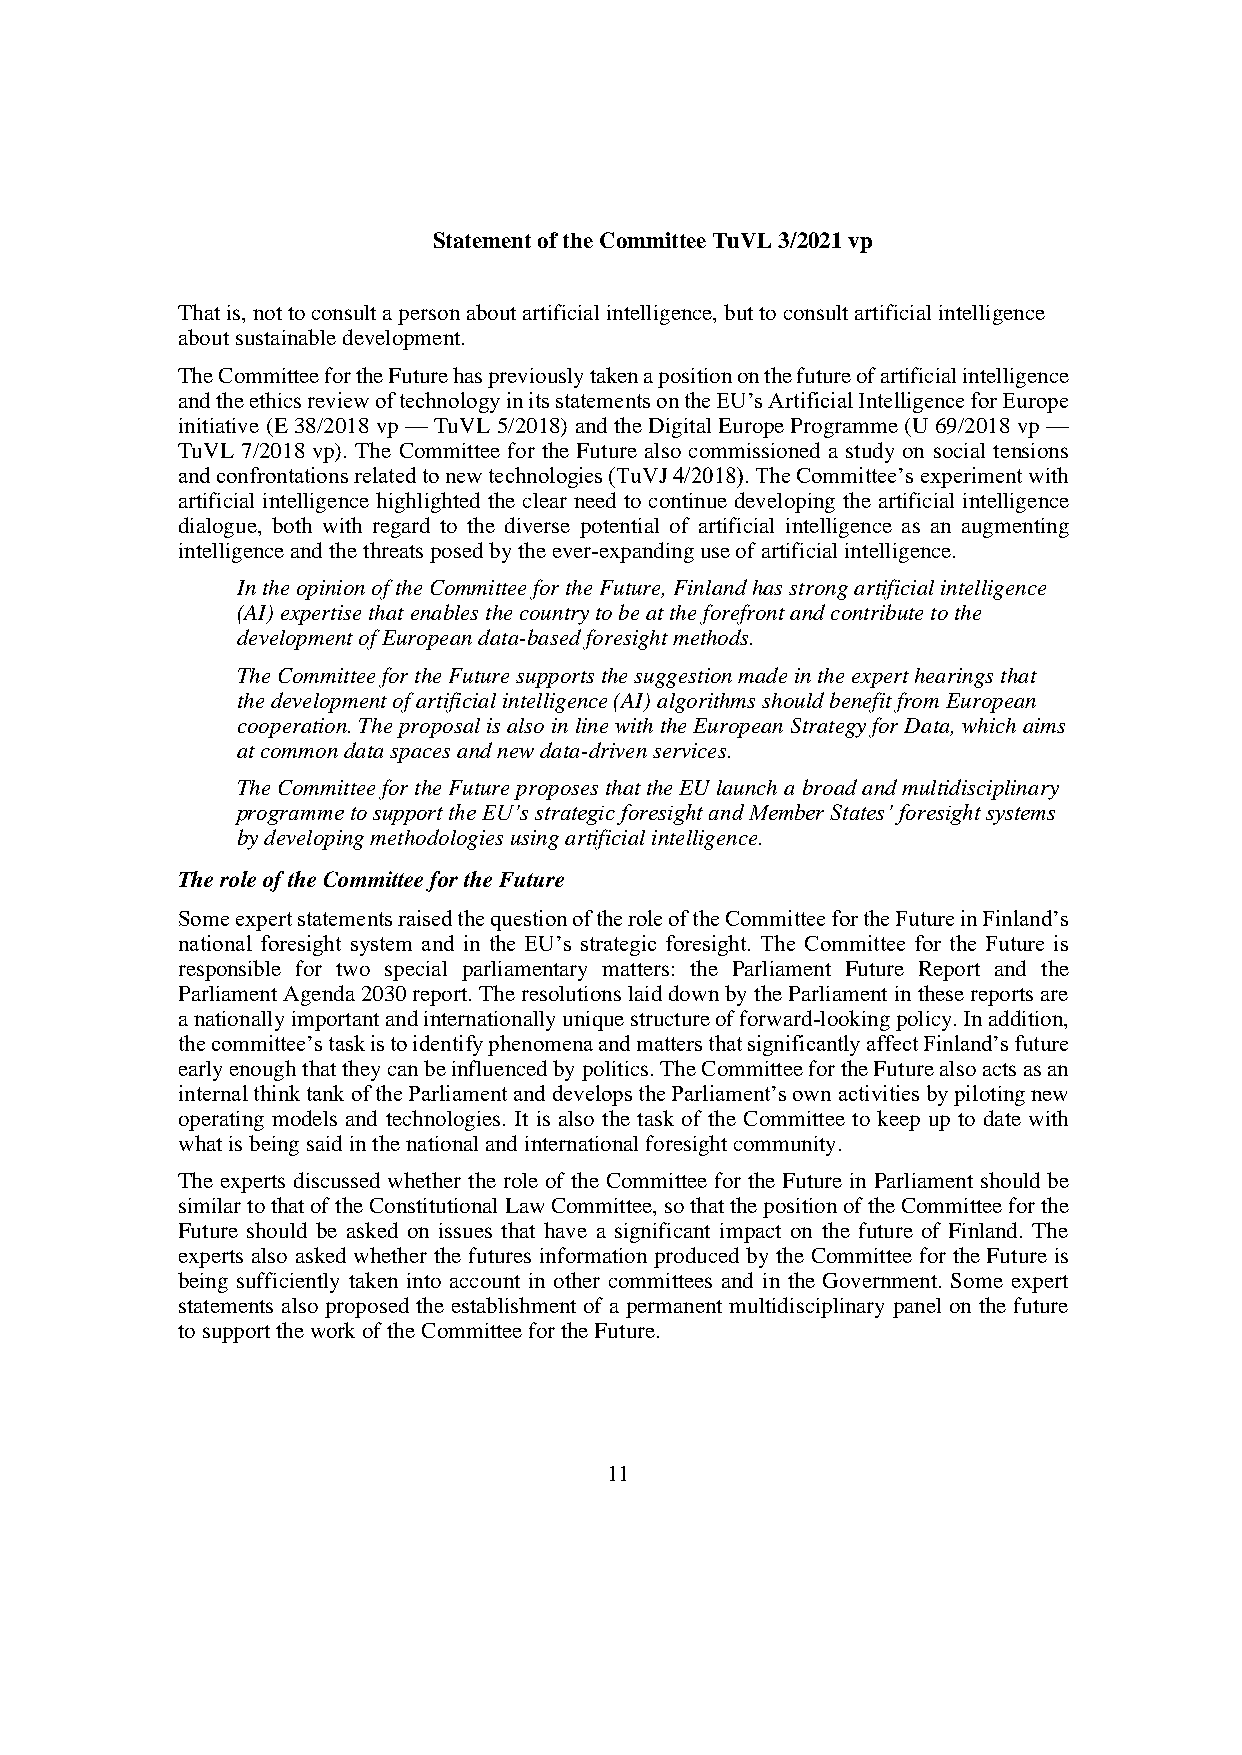
Statement of the Committee TuVL 3/2021 vp
 That is, not to consult a person about artificial intelligence, but to consult artificial intelligence
 about sustainable development.
 The Committee for the Future has previously taken a position on the future of artificial intelligence
 and the ethics review of technology in its statements on the EU’s Artificial Intelligence for Europe
 initiative (E 38/2018 vp — TuVL 5/2018) and the Digital Europe Programme (U 69/2018 vp —
 TuVL 7/2018 vp). The Committee for the Future also commissioned a study on social tensions
 and confrontations related to new technologies (TuVJ 4/2018). The Committee’s experiment with
 artificial intelligence highlighted the clear need to continue developing the artificial intelligence
 dialogue, both with regard to the diverse potential of artificial intelligence as an augmenting
 intelligence and the threats posed by the ever-expanding use of artificial intelligence.
 In the opinion of the Committee for the Future, Finland has strong artificial intelligence
 (AI) expertise that enables the country to be at the forefront and contribute to the
 development of European data-based foresight methods.
 The Committee for the Future supports the suggestion made in the expert hearings that
 the development of artificial intelligence (AI) algorithms should benefit from European
 cooperation. The proposal is also in line with the European Strategy for Data, which aims
 at common data spaces and new data-driven services.
 The Committee for the Future proposes that the EU launch a broad and multidisciplinary
 programme to support the EU’s strategic foresight and Member States’ foresight systems
 by developing methodologies using artificial intelligence.
 The role of the Committee for the Future
 Some expert statements raised the question of the role of the Committee for the Future in Finland’s
 national foresight system and in the EU’s strategic foresight. The Committee for the Future is
 responsible for two special parliamentary matters: the Parliament Future Report and the
 Parliament Agenda 2030 report. The resolutions laid down by the Parliament in these reports are
 a nationally important and internationally unique structure of forward-looking policy. In addition,
 the committee’s task is to identify phenomena and matters that significantly affect Finland’s future
 early enough that they can be influenced by politics. The Committee for the Future also acts as an
 internal think tank of the Parliament and develops the Parliament’s own activities by piloting new
 operating models and technologies. It is also the task of the Committee to keep up to date with
 what is being said in the national and international foresight community.
 The experts discussed whether the role of the Committee for the Future in Parliament should be
 similar to that of the Constitutional Law Committee, so that the position of the Committee for the
 Future should be asked on issues that have a significant impact on the future of Finland. The
 experts also asked whether the futures information produced by the Committee for the Future is
 being sufficiently taken into account in other committees and in the Government. Some expert
 statements also proposed the establishment of a permanent multidisciplinary panel on the future
 to support the work of the Committee for the Future.
 11